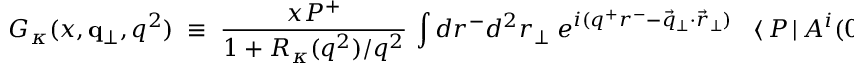
G _ { \kappa } ( x , { \bf q } _ { \perp } , q ^ { 2 } ) \; \equiv \; \frac { x P ^ { + } } { 1 + R _ { \kappa } ( q ^ { 2 } ) / q ^ { 2 } } \, \int d r ^ { - } d ^ { 2 } r _ { \perp } \; e ^ { i ( q ^ { + } r ^ { - } - \vec { q } _ { \perp } \cdot \vec { r } _ { \perp } ) } \; \; \; \langle \, P \, | \, { \cal A } ^ { i } ( 0 , r ^ { - } , \vec { r } _ { \perp } ) \; { \cal A } _ { i } ( 0 , 0 , \vec { 0 } _ { \perp } ) \, | \, P \, \rangle \; ,